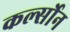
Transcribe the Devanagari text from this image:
कर्ल्सोन